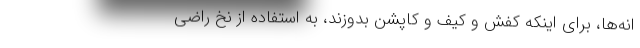
انه‌ها، برای اینکه کفش و کیف و کاپشن بدوزند، به استفاده از نخ راضی